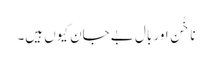
ناخُن اور بال بے جان کیوں ہیں۔